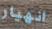
انهيار